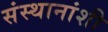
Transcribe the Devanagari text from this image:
संस्थानांशी